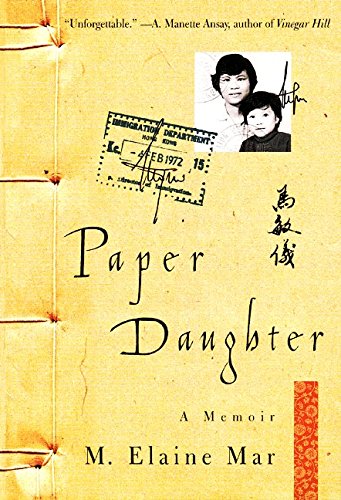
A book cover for Paper Daughter: A Memoir; M. Elaine Mar; Biographies & Memoirs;